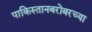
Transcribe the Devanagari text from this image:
पाकिस्तानबरोबरच्या